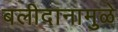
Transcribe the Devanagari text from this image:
बलीदानामुळे